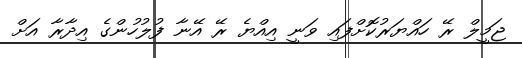
ޖަމީލް ރޭ ހައްޔަރުކޮށްފައި ވަނީ އިއްޔެ ރޭ އޭނާ ފުލުހުންގެ އިދާރާ އަށް